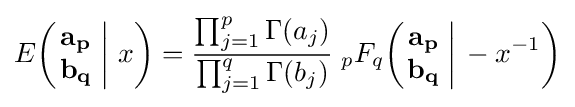
E\!\left(\left.{\begin{matrix}\mathbf {a_{p}} \\\mathbf {b_{q}} \end{matrix}}\;\right|\,x\right)={\frac {\prod _{j=1}^{p}\Gamma (a_{j})}{\prod _{j=1}^{q}\Gamma (b_{j})}}\;_{p}F_{q}\!\left(\left.{\begin{matrix}\mathbf {a_{p}} \\\mathbf {b_{q}} \end{matrix}}\;\right|\,-x^{-1}\right)